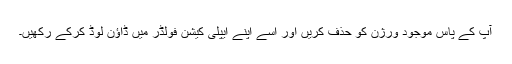
آپ کے پاس موجود ورژن کو حذف کریں اور اسے اپنے ایپلی کیشن فولڈر میں ڈاؤن لوڈ کرکے رکھیں۔